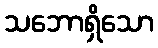
သဘောရှိသော